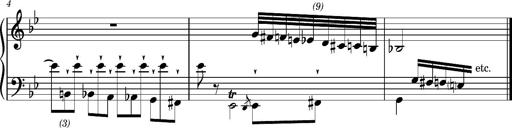
Title: Album-Leaf 'Fugue Chromatique'
Composer: Franz Liszt
Key: G minor